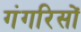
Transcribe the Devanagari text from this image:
गंगरिसों